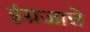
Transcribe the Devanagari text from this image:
इंग्रजान्ने